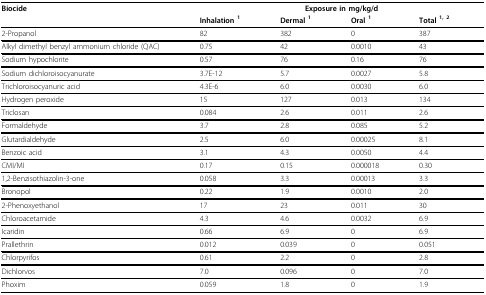
<table><thead><tr><td><b>Biocide</b></td><td colspan="4"><b>Exposure in mg/kg/d</b></td></tr><tr><td></td><td><b>Inhalation <sup>1</sup></b></td><td><b>Dermal <sup>1</sup></b></td><td><b>Oral <sup>1</sup></b></td><td><b>Total <sup>1, 2</sup></b></td></tr></thead><tbody><tr><td>2-Propanol</td><td>82</td><td>382</td><td>0</td><td>387</td></tr><tr><td>Alkyl dimethyl benzyl ammonium chloride (QAC)</td><td>0.75</td><td>42</td><td>0.0010</td><td>43</td></tr><tr><td>Sodium hypochlorite</td><td>0.57</td><td>76</td><td>0.16</td><td>76</td></tr><tr><td>Sodium dichloroisocyanurate</td><td>3.7E-12</td><td>5.7</td><td>0.0027</td><td>5.8</td></tr><tr><td>Trichloroisocyanuric acid</td><td>4.3E-6</td><td>6.0</td><td>0.0030</td><td>6.0</td></tr><tr><td>Hydrogen peroxide</td><td>15</td><td>127</td><td>0.013</td><td>134</td></tr><tr><td>Triclosan</td><td>0.084</td><td>2.6</td><td>0.011</td><td>2.6</td></tr><tr><td>Formaldehyde</td><td>3.7</td><td>2.8</td><td>0.085</td><td>5.2</td></tr><tr><td>Glutardialdehyde</td><td>2.5</td><td>6.0</td><td>0.00025</td><td>8.1</td></tr><tr><td>Benzoic acid</td><td>3.1</td><td>4.3</td><td>0.0050</td><td>4.4</td></tr><tr><td>CMI/MI</td><td>0.17</td><td>0.15</td><td>0.000018</td><td>0.30</td></tr><tr><td>1,2-Benzisothiazolin-3-one</td><td>0.058</td><td>3.3</td><td>0.00013</td><td>3.3</td></tr><tr><td>Bronopol</td><td>0.22</td><td>1.9</td><td>0.0010</td><td>2.0</td></tr><tr><td>2-Phenoxyethanol</td><td>17</td><td>23</td><td>0.011</td><td>30</td></tr><tr><td>Chloroacetamide</td><td>4.3</td><td>4.6</td><td>0.0032</td><td>6.9</td></tr><tr><td>Icaridin</td><td>0.66</td><td>6.9</td><td>0</td><td>6.9</td></tr><tr><td>Prallethrin</td><td>0.012</td><td>0.039</td><td>0</td><td>0.051</td></tr><tr><td>Chlorpyrifos</td><td>0.61</td><td>2.2</td><td>0</td><td>2.8</td></tr><tr><td>Dichlorvos</td><td>7.0</td><td>0.096</td><td>0</td><td>7.0</td></tr><tr><td>Phoxim</td><td>0.059</td><td>1.8</td><td>0</td><td>1.9</td></tr></tbody></table>